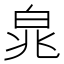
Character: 㿡